Indian journal of veterinary science and animal husbandry - Volume 14,
Year: 1944
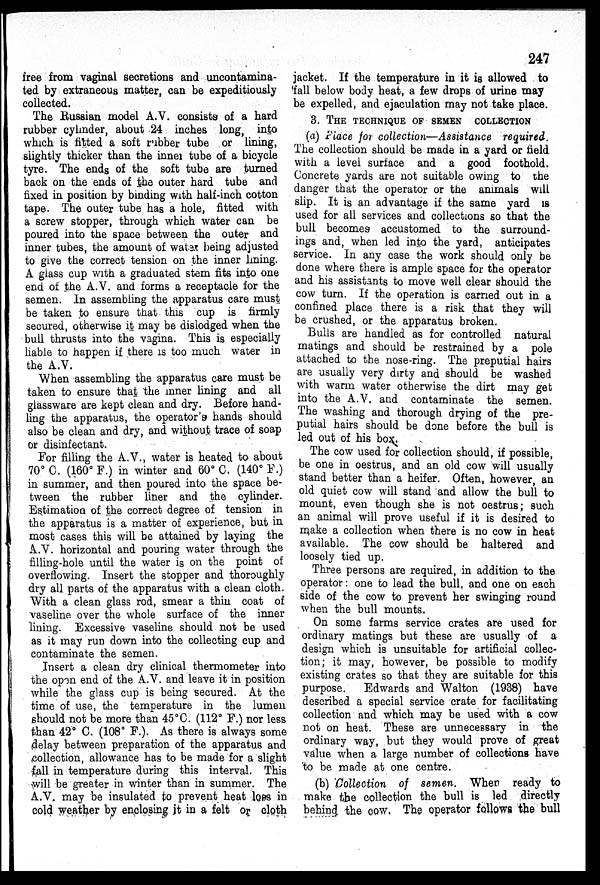
247
free from vaginal secretions and uncontamina-
ted by extraneous matter, can be expeditiously
collected.
The Russian model A.V. consists of a hard
rubber cylinder, about 24 inches long, into
which is fitted a soft rubber tube or lining,
slightly thicker than the inner tube of a bicycle
tyre. The ends of the soft tube are turned
back on the ends of the outer hard tube and
fixed in position by binding with half-inch cotton
tape. The outer tube has a hole, fitted with
a screw stopper, through which water can be
poured into the space between the outer and
inner tubes, the amount of water being adjusted
to give the correct tension on the inner lining
A glass cup with a graduated stem fits into one
end of the A.V. and forms a receptacle for the
semen. In assembling the apparatus care must
be taken to ensure that this cup is firmly
secured, otherwise it may be dislodged when the
bull thrusts into the vagina. This is especially
liable to happen if there is too much water in
the A.V.
When assembling the apparatus care must be
taken to ensure that the inner lining and all
glassware are kept clean and dry. Before hand
ling the apparatus, the operator's hands should
also be clean and dry, and without trace of soap
or disinfectant.
For filling the A.V., water is heated to about
70° C. (160° F.) in winter and 60° C. (140° F.)
in summer, and then poured into the space be
tween the rubber liner and the cylinder.
Estimation of the correct degree of tension in
the apparatus is a matter of experience, but in
most cases this will be attained by laying the
A.V. horizontal and pouring water through the
filling-hole until the water is on the point of
overflowing. Insert the stopper and thoroughly
dry all parts of the apparatus with a clean cloth.
With a clean glass rod, smear a thin coat of
vaseline over the whole surface of the inner
lining. Excessive vaseline should not be used
as it may run down into the collecting cup and
contaminate the semen.
Insert a clean dry clinical thermometer into
the open end of the A.V. and leave it in position
while the glass cup is being secured. At the
time of use, the temperature in the lumen
should not be more than 45ºC. (112 ○ F.) nor less
than 42º C. (108º F.). As there is always some
delay between preparation of the apparatus and
collection, allowance has to be made for a slight
fall in temperature during this interval. This
will be greater in winter than in summer. The
A.V. may be insulated to prevent heat loss in
cold weather by enclosing it in a felt or cloth
jacket. If the temperature in it is allowed to
fall below body heat, a few drops of urine may
be expelled, and ejaculation may not take place.
3. THE TECHNIQUE OF SEMEN COLLECTION
(a) Place for collection—Assistance required
The collection should be made in a yard or field
with a level surface and a good foothold.
Concrete yards are not suitable owing to the
danger that the operator or the animals will
slip. It is an advantage if the same yard is
used for all services and collections so that the
bull becomes accustomed to the surround
ings and, when led into the yard, anticipates
service. In any case the work should only be
done where there is ample space for the operator
and his assistants to move well clear should the
cow turn. If the operation is carried out in a
confined place there is a risk that they will
be crushed, or the apparatus broken.
Bulls are handled as for controlled natural
matings and should be restrained by a pole
attached to the nose-ring. The preputial hairs
are usually very dirty and should be washed
with warm water otherwise the dirt may get
into the A.V. and contaminate the semen.
The washing and thorough drying of the pre
putial hairs should be done before the bull is
led out of his box.
The cow used for collection should, if possible,
be one in oestrus, and an old cow will usually
stand better than a heifer. Often, however, an
old quiet cow will stand and allow the bull to
mount, even though she is not oestrus; such
an animal will prove useful if it is desired to
make a collection when there is no cow in heat
available. The cow should be haltered and
loosely tied up.
Three persons are required, in addition to the
operator: one to lead the bull, and one on each
side of the cow to prevent her swinging round
when the bull mounts.
On some farms service crates are used for
ordinary matings but these are usually of a
design which is unsuitable for artificial collec
tion; it may, however, be possible to modify
existing crates so that they are suitable for this
purpose. Edwards and Walton (1938) have
described a special service crate for facilitating
collection and which may be used with a cow
not on heat. These are unnecessary in the
ordinary way, but they would prove of great
value when a large number of collections have
to be made at one centre.
(b) Collection of semen. When ready to
make the collection the bull is led directly
behind the cow. The operator follows the bull